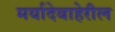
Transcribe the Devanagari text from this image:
मर्यादेबाहेरील